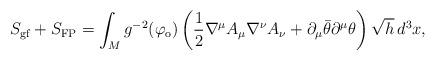
LaTeX: \begin{align*}S_{\rm gf}+S_{\rm FP}=\int_M g^{-2}(\varphi_{\rm o}) \left (\frac{1}{2}\nabla^\mu A_\mu\nabla^\nu A_\nu +\partial_\mu\bar{\theta}\partial^\mu\theta\right) \sqrt{h}\,d^3x, \end{align*}